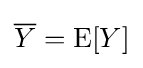
{\overline {Y}}=\operatorname {E} [Y]